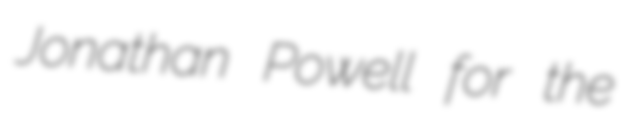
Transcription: Jonathan Powell for the